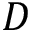
D